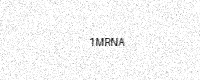
Text: 1MRNA